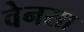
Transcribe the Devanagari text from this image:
वेनसा